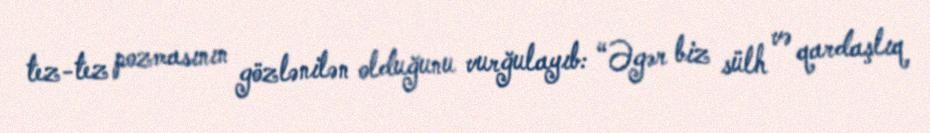
tez-tez pozmasının gözlənilən olduğunu vurğulayıb: “Əgər biz sülh və qardaşlıq